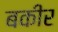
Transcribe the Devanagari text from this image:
बकीर